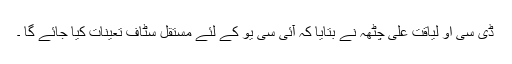
ڈی سی او لیاقت علی چٹھہ نے بتایا کہ آئی سی یو کے لئے مستقل سٹاف تعینات کیا جائے گا ۔